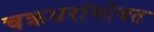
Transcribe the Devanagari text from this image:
चक्रधरांसोबत